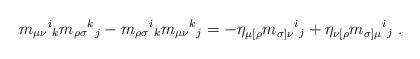
LaTeX: \begin{align*}m_{\mu\nu}{}^i{}_k m_{\rho\sigma}{}^k{}_j -m_{\rho\sigma}{}^i{}_k m_{\mu\nu}{}^k{}_j =-\eta_{\mu[\rho}m_{\sigma]\nu}{} ^i{}_j+\eta_{\nu[\rho}m_{\sigma]\mu} {}^i{}_j \ .\end{align*}